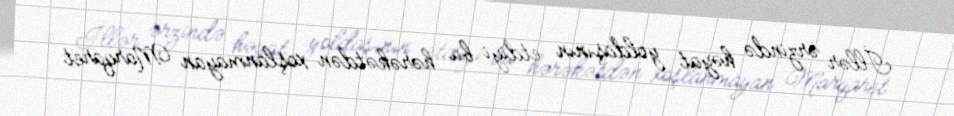
İllər ərzində həyat yoldaşının etdiyi bu hərəkətdən xoşlanmayan Marqaret